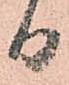
日